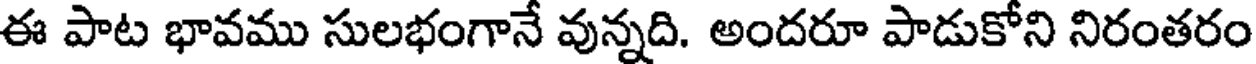
ఈ పాట భావము సులభంగానే వున్నది. అందరూ పాడుకోని నిరంతరం